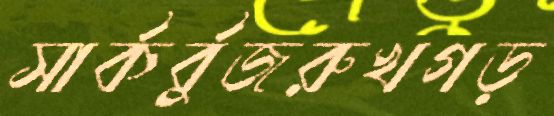
সার্কর্বুজরুখগড়